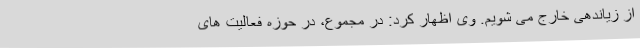
از زیاندهی خارج می شویم. وی اظهار کرد: در مجموع، در حوزه فعالیت های